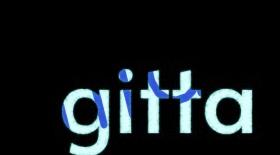
gitta